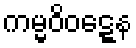
ကမ္မဝိဝဋ္ဋေန